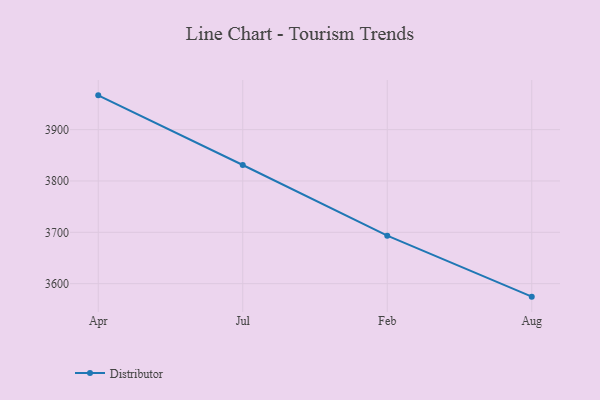
{"axis": {"x": "Month", "y": "Backlog"}, "legend": ["Distributor"], "data": [{"x": "Apr", "y": 3966.8, "type": "Distributor"}, {"x": "Jul", "y": 3831.1, "type": "Distributor"}, {"x": "Feb", "y": 3693.5, "type": "Distributor"}, {"x": "Aug", "y": 3574.7, "type": "Distributor"}]}